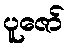
ပူဇော်